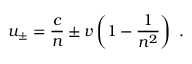
u _ { \pm } = { \frac { c } { n } } \pm v \left( 1 - { \frac { 1 } { n ^ { 2 } } } \right) \ .